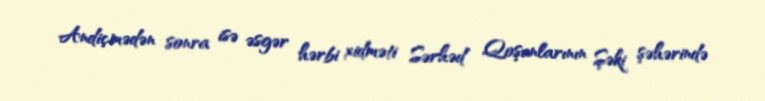
Andiçmədən sonra isə əsgər hərbi xidməti Sərhəd Qoşunlarının Şəki şəhərində